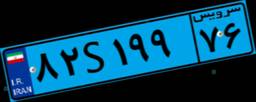
۶۲S۰۶۷۱۷